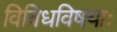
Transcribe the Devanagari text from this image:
विविधविषयाः